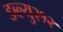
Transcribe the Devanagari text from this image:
डब्ल्यु२१२